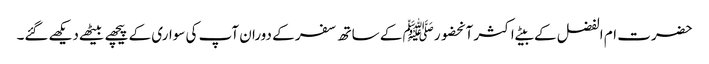
حضرت ام الفضل کے بیٹے اکثر آنحضورﷺ کے ساتھ سفر کے دوران آپ کی سواری کے پیچھے بیٹھےدیکھےگئے۔